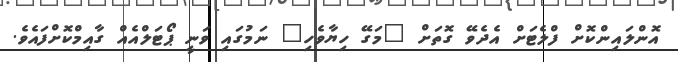
އޮންލައިންކޮށް ފްލެޓަށް އެދެވޭ ގޮތަށް "މަގޭ ހިޔާވެހި" ނަމުގައި ވަނީ ޕޯޓަލްއެއް ގާއިމްކޮށްފައެވެ.